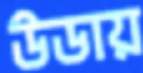
উডায়